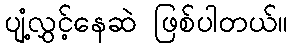
ပျံ့လွှင့်နေဆဲ ဖြစ်ပါတယ်။